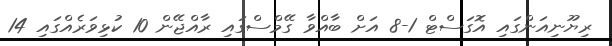
ރިޔޫނިއަންގައި އޮގަސްޓް 1-8 އަށް ބާއްވާ ގޭމްސްގައި ރާއްޖޭން 10 ކުޅިވަރެއްގައި 14